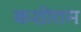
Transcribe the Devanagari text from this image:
कशीराम